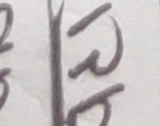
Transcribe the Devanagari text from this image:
रहेछ